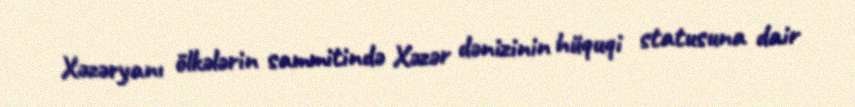
Xəzəryanı ölkələrin sammitində Xəzər dənizinin hüquqi statusuna dair